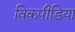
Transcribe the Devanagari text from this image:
विकपीडिया